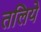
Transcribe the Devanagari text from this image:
तलिये